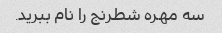
سه مهره شطرنج را نام ببرید.